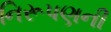
નિરૂપણની